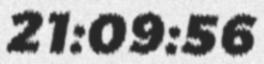
21:09:56